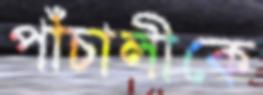
পাঁচালীকে